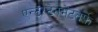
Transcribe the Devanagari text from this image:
एन्टरटेनमेंटतर्फे